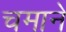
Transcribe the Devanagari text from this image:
चमाने